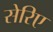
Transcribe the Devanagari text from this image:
सेरिए